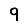
Digit: 9